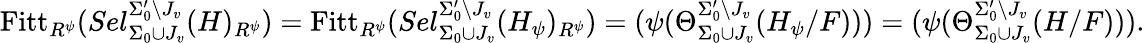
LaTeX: \mathrm{Fitt}_{R^{\psi}}(Sel_{\Sigma_{0}\cup J_{v}}^{\Sigma_{0}^{\prime}\setminus J_{v}}(H)_{R^{\psi}})=\mathrm{Fitt}_{R^{\psi}}(Sel_{\Sigma_{0}\cup J_{v}}^{\Sigma_{0}^{\prime}\setminus J_{v}}(H_{\psi})_{R^{\psi}})=(\psi(\Theta_{\Sigma_{0}\cup J_{v}}^{\Sigma_{0}^{\prime}\setminus J_{v}}(H_{\psi}/F)))=(\psi(\Theta_{\Sigma_{0}\cup J_{v}}^{\Sigma_{0}^{\prime}\setminus J_{v}}(H/F))).